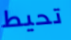
تحيط